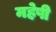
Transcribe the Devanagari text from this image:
महेषी